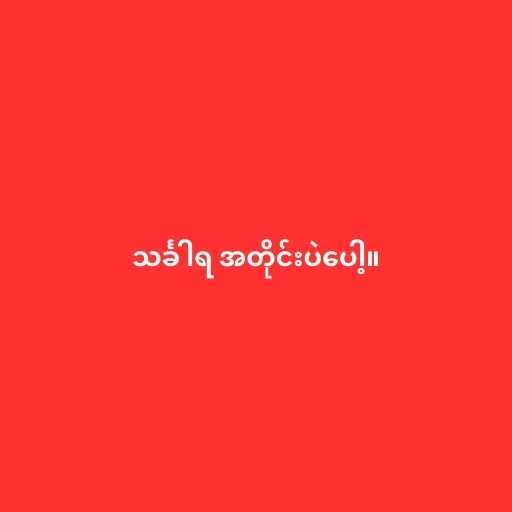
သင်္ခါရ အတိုင်းပဲပေါ့။